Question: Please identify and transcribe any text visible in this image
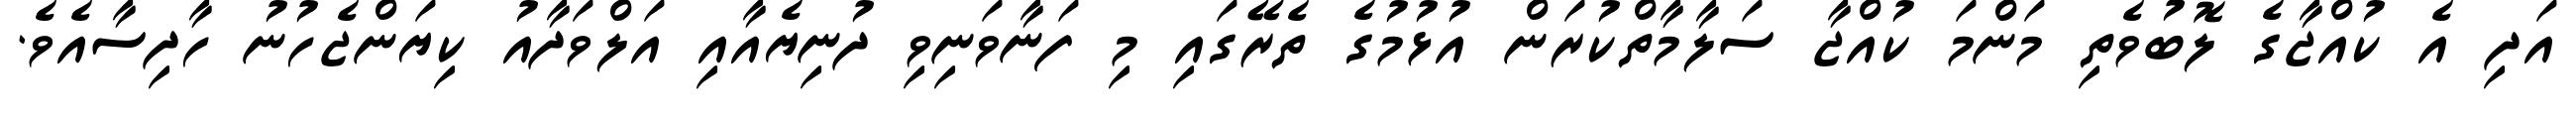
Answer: އަދި އެ ކުއްޖާގެ ލޮބުވެތި މަންމަ ކުއްޖާ ސަލާމާތްކުރަން އުޅުމުގެ ތެރޭގައި މި ފަނާވަނިވި ދުނިޔެއާއި އަލްވަދާއު ކިޔަންޖެހުނު ހާދިސާއެވެ.